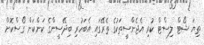
ތިޔަ ޝޯޓް ލިސްޓް ކުރި އެޖެންސީތަކުގެ ތެރޭގައި އެބަހުރި ބިދޭސީންގެ ކަންކަން ގޯސްކޮށް